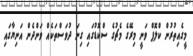
މީގެއިތުރުން ކްލޮޕް ވަނީ މިރޭގެ މެޗުގެ ސްކޮޑުގައި ގިނަ ދުވަސްތަކެއް ވަންދެން އަނިޔާގައި